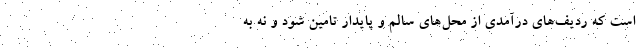
است که ردیف‌های درآمدی از محل‌های سالم و پایدار تامین شود و نه به